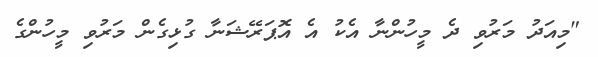
"މިއަދު މަރުވި ދެ މީހުންނާ އެކު އެ އޮޕަރޭޝަނާ ގުޅިގެން މަރުވި މީހުންގެ